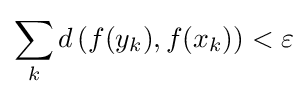
\sum _{k}d\left(f(y_{k}),f(x_{k})\right)<\varepsilon